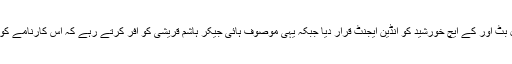
کنگا ہائی جیکنگ کے بعد آزاد حکومت کے اس وقت کے صدر نے مقبول بٹ اور کے ایچ خورشید کو انڈین ایجنٹ قرار دیا جبکہ یہی موصوف ہائی جیکر ہاشم قریشی کو افر کرتے رہے کہ اس کارنامے کو ان کی صرف کاغزوں اور خوابوں میں موجود المجاہد سے منسوب کر دو۔